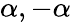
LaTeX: \alpha,-\alpha